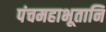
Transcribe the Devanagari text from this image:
पंचमहाभूतानि